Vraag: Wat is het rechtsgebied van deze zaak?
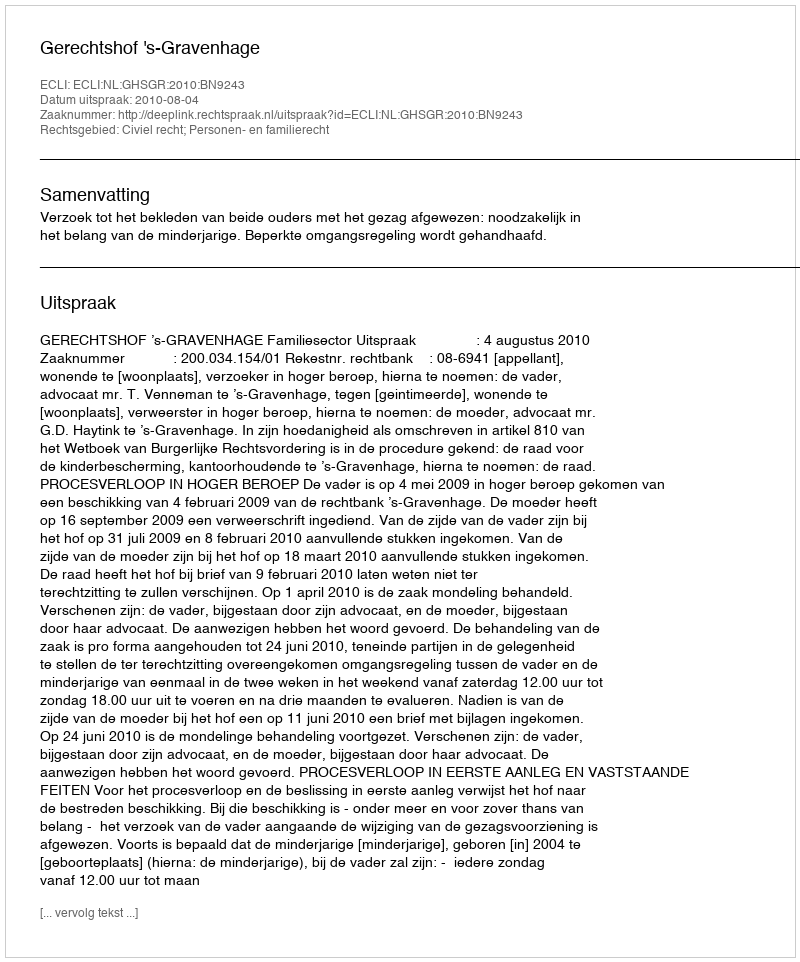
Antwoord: Civiel recht; Personen- en familierecht